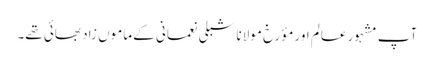
آپ مشہور عالم اور مؤرخ مولانا شبلی نعمانی کے ماموں زاد بھائی تھے۔